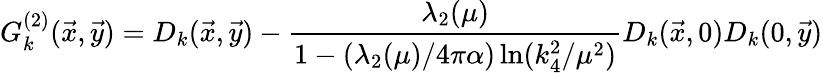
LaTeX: G_{k}^{(2)}({\vec{x}},{\vec{y}})=D_{k}({\vec{x}},{\vec{y}})-{\frac{\lambda_{2}(\mu)}{1-(\lambda_{2}(\mu)/4\pi\alpha)\ln(k_{4}^{2}/\mu^{2})}}D_{k}({\vec{x}},0)D_{k}(0,{\vec{y}})